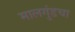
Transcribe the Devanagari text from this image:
मालगुंडचा